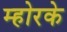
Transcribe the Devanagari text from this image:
म्होरके